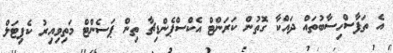
އެ ތަފާސްހިސާބުތައް ދައްކާ ގޮތުން ކަރަންޓް އެކްސްޕެންޑިޗާ ތިން ޕަސެންޓް މަތިވިއިރު ކެޕިޓަލް